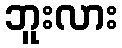
ဘူးလား